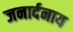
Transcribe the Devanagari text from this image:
जनार्दनाय